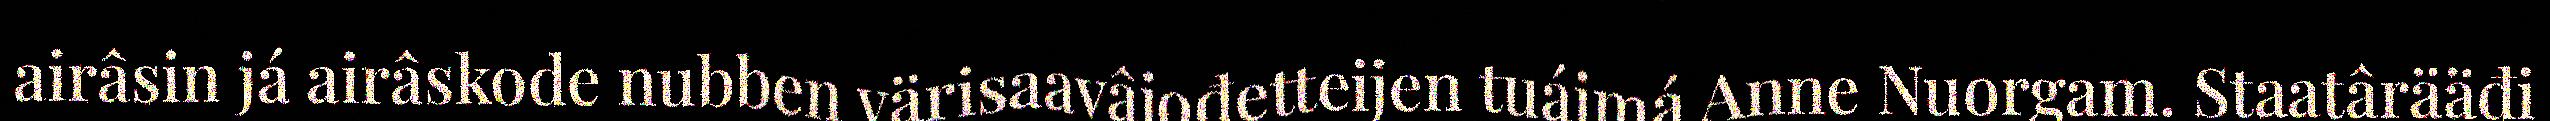
airâsin já airâskode nubben värisaavâjođetteijen tuáimá Anne Nuorgam. Staatârääđi